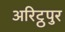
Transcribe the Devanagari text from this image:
अरिट्ठपुर